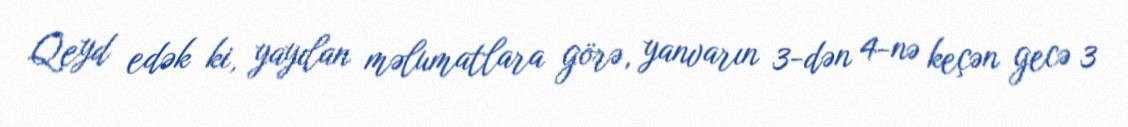
Qeyd edək ki, yayılan məlumatlara görə, yanvarın 3-dən 4-nə keçən gecə 3